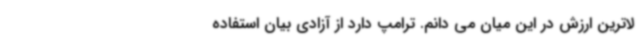
لاترین ارزش در این میان می دانم. ترامپ دارد از آزادی بیان استفاده